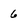
Character: 6